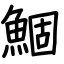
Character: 鯝